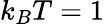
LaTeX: k_{B}T=1